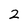
Character: 2